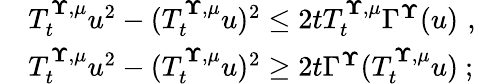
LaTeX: \begin{array}{rl}&{T_{t}^{{\mathbf\Upsilon},{\mu}}u^{2}-(T_{t}^{{\mathbf\Upsilon},{\mu}}u)^{2}\le 2tT_{t}^{{\mathbf\Upsilon},{\mu}}\Gamma^{{\mathbf\Upsilon}}(u)\, \, \mathrm{,}\; \, }\\ &{T_{t}^{{\mathbf\Upsilon},{\mu}}u^{2}-(T_{t}^{{\mathbf\Upsilon},{\mu}}u)^{2}\ge 2t\Gamma^{{\mathbf\Upsilon}}(T_{t}^{{\mathbf\Upsilon},{\mu}}u)\ ;}\end{array}